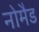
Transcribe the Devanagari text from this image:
नोमैड